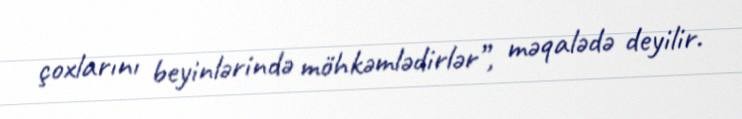
çoxlarını beyinlərində möhkəmlədirlər”, məqalədə deyilir.